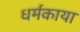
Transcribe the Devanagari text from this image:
धर्मकाया